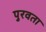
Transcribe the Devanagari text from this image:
पुरवता